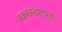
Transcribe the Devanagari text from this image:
स्वच्छन्दशासने।